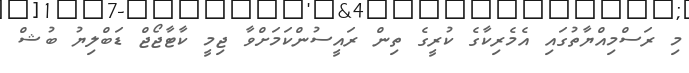
މި ރަސްމިއްޔާތުގައި އެމެރިކާގެ ކުރީގެ ތިން ރައީސުންކަމަށްވާ ޖިމީ ކާޓާޖޯޖް ޑަބްލިޔު ބުޝް